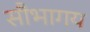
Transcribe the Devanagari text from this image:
सौभागय